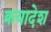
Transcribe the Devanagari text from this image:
क्रयादेश